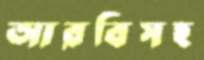
আরবিসহ